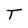
Character: T